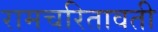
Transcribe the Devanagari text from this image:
रामचरितावती